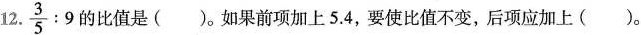
12. $$\frac{3}{5}:9$$的比值是( )。如果前项加上5.4，要使比值不变，后项应加上( )。